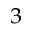
_ 3